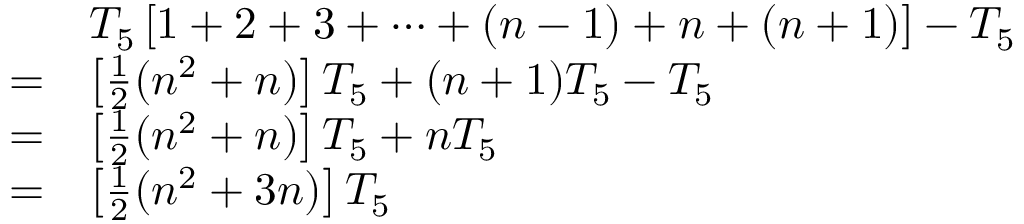
{ \begin{array} { r l } & { T _ { 5 } \left[ 1 + 2 + 3 + \cdots + ( n - 1 ) + n + ( n + 1 ) \right] - T _ { 5 } } \\ { = } & { \left[ { \frac { 1 } { 2 } } ( n ^ { 2 } + n ) \right] T _ { 5 } + ( n + 1 ) T _ { 5 } - T _ { 5 } } \\ { = } & { \left[ { \frac { 1 } { 2 } } ( n ^ { 2 } + n ) \right] T _ { 5 } + n T _ { 5 } } \\ { = } & { \left[ { \frac { 1 } { 2 } } ( n ^ { 2 } + 3 n ) \right] T _ { 5 } } \end{array} }